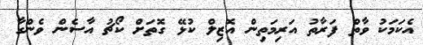
އެކަމަކު ވާތް ފަރާތު އަރިމަތިން އޮޒިލް ކުޅޭ ގޮތަށް ކޯޗު އާސެން ވެންގާ